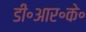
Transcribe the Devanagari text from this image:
डी॰आर॰के॰